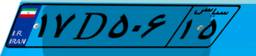
۷۰D۰۸۴۸۴